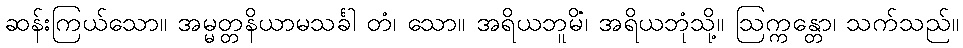
ဆန်းကြယ်သော။ အမ္မတ္တနိယာမသင်္ခါ တံ၊ သော။ အရိယဘူမိံ၊ အရိယဘုံသို့။ ဩက္ကန္တော၊ သက်သည်။